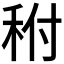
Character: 𥞂